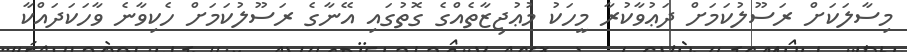
މިސާލަކަށް ރަސޫލުކަމަށް ދަޢުވާކުރާ މީހަކު މުޢުޖިޒާތެއްގެ ގޮތުގައި އޭނާގެ ރަސޫލުކަމަށް ހެކިވާނެ ވާހަކަދައްކާ